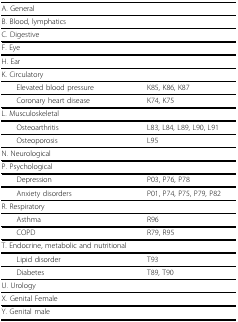
<table><thead><tr><td><b>A. General</b></td><td></td></tr></thead><tbody><tr><td>B. Blood, lymphatics</td><td></td></tr><tr><td>C. Digestive</td><td></td></tr><tr><td>F. Eye</td><td></td></tr><tr><td>H. Ear</td><td></td></tr><tr><td>K. Circulatory</td><td></td></tr><tr><td> Elevated blood pressure</td><td>K85, K86, K87</td></tr><tr><td> Coronary heart disease</td><td>K74, K75</td></tr><tr><td>L. Musculoskeletal</td><td></td></tr><tr><td> Osteoarthritis</td><td>L83, L84, L89, L90, L91</td></tr><tr><td> Osteoporosis</td><td>L95</td></tr><tr><td>N. Neurological</td><td></td></tr><tr><td>P. Psychological</td><td></td></tr><tr><td> Depression</td><td>P03, P76, P78</td></tr><tr><td> Anxiety disorders</td><td>P01, P74, P75, P79, P82</td></tr><tr><td>R. Respiratory</td><td></td></tr><tr><td> Asthma</td><td>R96</td></tr><tr><td> COPD</td><td>R79, R95</td></tr><tr><td>T. Endocrine, metabolic and nutritional</td><td></td></tr><tr><td> Lipid disorder</td><td>T93</td></tr><tr><td> Diabetes</td><td>T89, T90</td></tr><tr><td>U. Urology</td><td></td></tr><tr><td>X. Genital Female</td><td></td></tr><tr><td>Y. Genital male</td><td></td></tr></tbody></table>